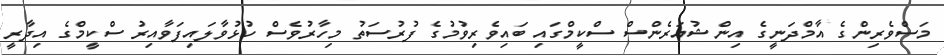
މަސްވެރިންގެ އާމްދަނީގެ އިންޝުއަރެންސް ސްކީމްގައި ބައިވެރިވުމުގެ ފުރުސަތު މިހާރުވެސް ހުޅުވާލައިފަވާއިރު ސްކީމްގެ އިދާރީ